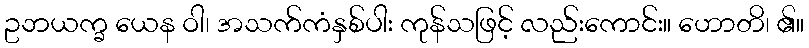
ဥဘယက္ခ ယေန ဝါ၊ အသက်ကံနှစ်ပါး ကုန်သဖြင့် လည်းကောင်း။ ဟောတိ၊ ၏။